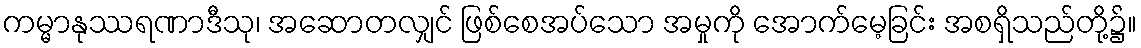
ကမ္မာနုဿရဏာဒီသု၊ အဆောတလျှင် ဖြစ်စေအပ်သော အမှုကို အောက်မေ့ခြင်း အစရှိသည်တို့၌။